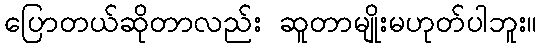
ပြောတယ်ဆိုတာလည်း ဆူတာမျိုးမဟုတ်ပါဘူး။